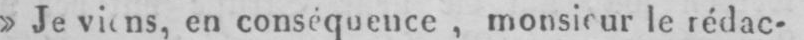
en conséquence, monsieur le rédac-